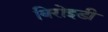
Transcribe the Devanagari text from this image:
बिरोइडी